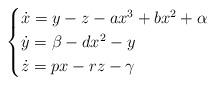
LaTeX: \begin{align*}\begin{cases}\dot{x}=y-z-ax^{3}+bx^{2}+\alpha\\\dot{y}=\beta-dx^{2}-y\\\dot{z}=px-rz-\gamma\end{cases}\end{align*}